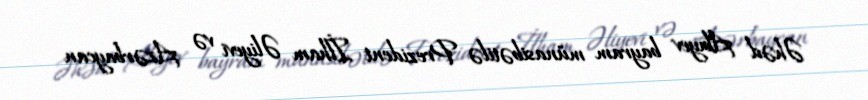
Əhəd Abıyev bayram münasibətilə Prezident İlham Əliyevi və Azərbaycan